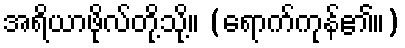
အရိယာဖိုလ်တို့သို့။ (ရောက်ကုန်၏။)